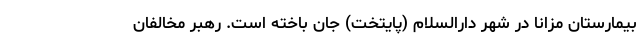
بیمارستان مزانا در شهر دارالسلام (پایتخت) جان باخته است. رهبر مخالفان